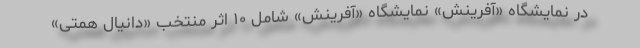
در نمایشگاه «آفرینش» نمایشگاه «آفرینش» شامل ۱۰ اثر منتخب «دانیال همتی»